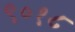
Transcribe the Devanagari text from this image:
९०१८